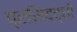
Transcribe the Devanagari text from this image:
प्रसिदद्धी